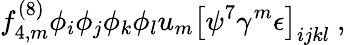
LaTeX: f_{4,m}^{(8)}\phi_{i}\phi_{j}\phi_{k}\phi_{l}u_{m}\left[\psi^{7}\gamma^{m}\epsilon\right]_{ijkl}\ ,